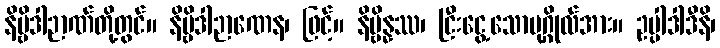
နိဗ္ဗိဒါဉာဏ်တို့တွင်။ နိဗ္ဗိဒါဉာဏေန၊ ဖြင့်။ နိဗ္ဗိန္နဿ၊ ငြီးငွေ့သောပုဂ္ဂိုလ်အား။ ဥပ္ပါဒါဒီနိ၊